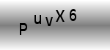
Text: PuvX6